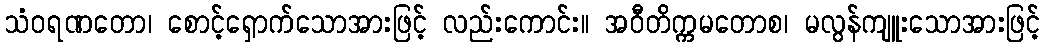
သံဝရဏတော၊ စောင့်ရှောက်သောအားဖြင့် လည်းကောင်း။ အဝီတိက္ကမတောစ၊ မလွန်ကျူးသောအားဖြင့်